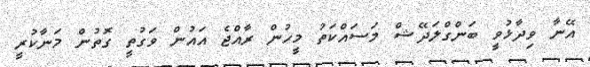
އޭނާ ވިދާޅުވީ ބަންގްލަދޭޝް މަސައްކަތު މީހުން ރާއްޖެ އައުން ވަގުތީ ގޮތުން މަނާކުރީ